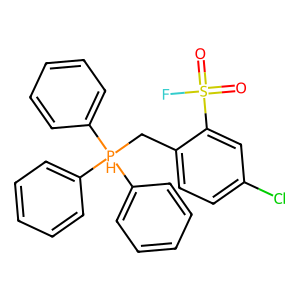
SMILES: O=S(=O)(F)c1cc(Cl)ccc1C[PH](c1ccccc1)(c1ccccc1)c1ccccc1
Inhibits HIV replication: No